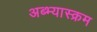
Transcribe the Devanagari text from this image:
अब्भ्यास्क्रम